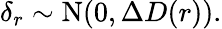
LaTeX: \delta_{r}\sim\mathrm{N}(0,\Delta D(r)).